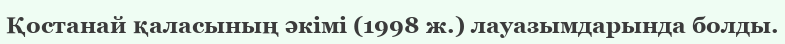
Қостанай қаласының әкімі (1998 ж.) лауазымдарында болды.